Lunatic asylums Bombay report 1891-1903 - 1891-1903
Year: 1891
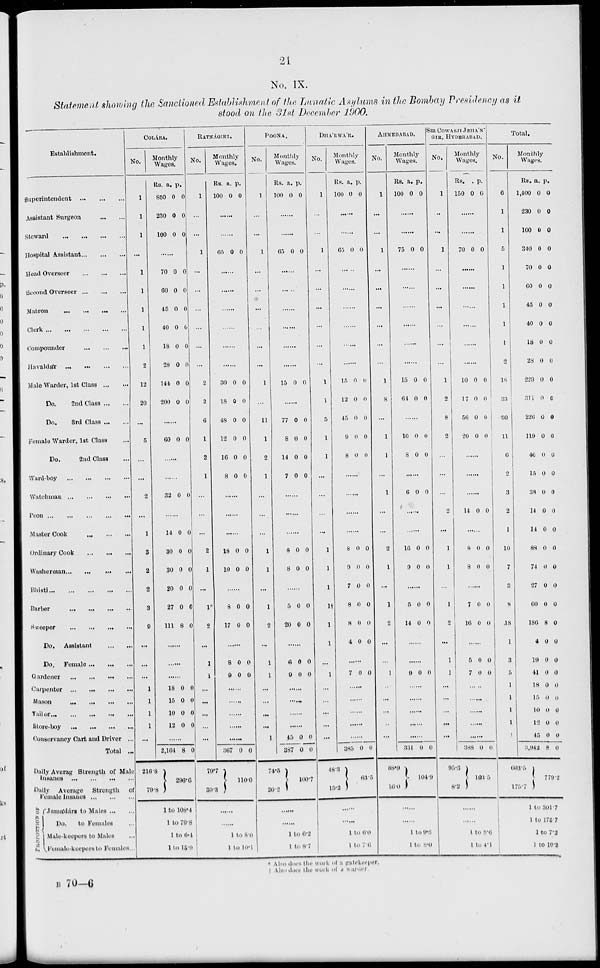
21
No. IX.
Statement showing the Sanctioned Establishment of the Lunatic Asylums in the Bombay Presidency as it
stood on the 31st December 1900.
Establishment.
Superintendent
...
...
...
Assistant Surgeon
...
...
Steward
...
...
...
...
Hospital Assistant ... ... ... ...
Head Overseer ... ... ...
Second Overseer ... ... ...
Matron ... ... ...
Clerk ... ... ... ... ...
Compounder ... ... ...
Havaldár
...
...
...
Male Warder, 1st Class
...
...
Do.
2nd Class
...
...
Do.
3rd
Class
...
...
Female Warder, 1st Class ...
Do.
2nd Class ...
Ward-boy ... ... ... ...
Watchman ... ... ... ...
Peon ... ... ... ... ...
Master Cook ... ... ...
Ordinary Cook ... ... ...
Washerman ... ... ... ...
Bhisti
...
...
...
...
...
Barber
...
...
...
...
Sweeper
...
...
...
...
Do.
Assistant
...
...
Do.
Female ... ... ...
Gardener
...
...
...
Carpenter
...
...
...
...
Mason
...
...
...
...
Tailor ...
...
...
...
...
Store-boy
...
...
...
...
Conservancy Cart and Driver ...
Total ...
Daily Averag Strength of Male
Insanes
...
...
...
...
Daily
Average
Strength
of
Female Insanes
...
...
...
PROPORTION
OF
Jamádárs to Males
...
...
Do.
to Females ...
Male-keepers to Males ...
Female-keepers to Females ...
COLA'BA.
No.
1
1
1
...
1
1
1
1
1
2
12
20
...
5
...
...
2
...
1
3
2
2
3
9
...
...
...
1
1
1
1
...
Monthly
Wages.
Rs.
850
230
100
a.
0
0
0
p.
0
0
0
70
60
45
4
18
28
144
200
0
0
0
0
0
0
0
0
0
0
0
0
0
0
0
0
60 0
0
.....
.....
32 0
0
.....
14
30
30
20
27
111
0
0
0
0
0
8
0
0
0
0
0
0
.....
.....
.....
18
15
10
12
0
0
0
0
0
0
0
0
2,164
216.8
79.8
8 0
296.6
1 to 108.4
1 to 70.8
1 to 6.4
1 to 15.9
RATNA'GIRI.
No.
1
...
...
1
...
...
...
...
...
...
2
2
6
1
2
1
...
...
...
2
1
...
1*
2
...
1
1
...
...
...
...
...
Monthly
Wages.
Rs.
100
a.
0
p.
0
......
......
65 0 0
......
......
......
......
......
30
18
48
12
16
8
0
0
0
0
0
0
0
0
0
0
0
0
......
......
......
18
10
0
0
0
0
......
8
17
0
0
0
0
.......
8
9
0
0
0
0
......
......
......
......
......
367
79.7
30.3
0 0
110.0
.....
......
1 to 8.0
1 to 10.1
POONA.
No.
1
...
...
1
...
...
...
...
...
...
1
11
1
2
1
...
...
...
1
1
...
1
2
...
1
i
...
...
...
...
1
Monthly
Wages.
Rs.
100
a.
0
p.
0
......
......
65 0 0
......
......
......
......
......
......
15 0 0
......
77
8
14
7
0
0
0
0
0
0
0
0
......
......
......
8
8
0
0
0
0
.......
5
20
0
0
0
0
.....
6
9
0
0
0 0
0
......
......
......
......
45
387
74.5
26.2
0
0
0
0
100.7
.....
.....
1 to 6.2
1 to 8.7
DHA'RWA'R.
No.
1
...
...
1
...
...
...
...
...
...
1
1
5
1
1
...
...
...
...
1
1
1
1†
1
1
...
1
...
...
...
...
...
...
Monthly
Wages.
Rs.
100
a.
0
p.
0
......
......
65 0 0
......
......
......
......
......
......
15
12
45
9
8
0
0
0
0
0
0
0
0
0
0
......
......
......
......
8
9
7
8
8
4
0
0
0
0
0
0
0
0
0
0
0
0
.......
7 0 0
......
......
......
......
......
385
48.3
15.2
0 0
63.5
......
......
1 to 6.0
1 to 7.6
AHMEDABAD.
No.
1
...
...
1
...
...
...
...
...
...
1
8
...
1
1
...
1
...
...
2
1
...
1
2
...
...
1
...
...
...
...
...
Monthly
Wages.
Rs.
100
a.
0
p.
0
......
......
75 0 0
......
......
......
......
......
......
15
64
0
0
0
0
........
10
8
0
0
0
0
.......
6 0 0
..
........
16
9
0
0
0
0
........
5
14
0
0
0
0
.......
.......
9 0
0
.......
.......
331
88.9
16.0
0
0
104.9
......
......
1 to 9.8
1 to 8.0
SIR COWASJI JEHA'N-
GIR , HYDERABAD.
No.
1
..
...
1
...
...
...
...
...
...
1
2
8
2
...
...
...
2
...
1
1
1
2
...
1
1
...
...
...
...
...
Monthly
Wages.
Rs.
150
a.
0
p.
0
70 0 0
10
17
56
20
0
0
0
0
0
0
0
0
14 0 0
8
8
0
0
0
0
7
16
0
0
0
0
......
5
7
0
0
0
0
388
95.3
8.2
0 0
103.5
......
......
1 to 8.6
1 to 4.1
Total.
No.
6
1
1
5
1
1
1
1
1
2
18
33
30
11
6
2
3
2
1
10
7
3
8
18
1
3
5
1
1
1
1
1
Monthly
Wages.
Rs.
1,400
230
100
340
70
60
45
40
18
28
229
311
226
119
46
15
38
14
14
88
74
27
60
186
4
19
41
18
15
10
12
45
3,942
603.5
175.7
a.
0
0
0
0
0
0
0
0
0
0
0
0
0
0
0
0
0
0
0
0
0
0
0
8
0
0
0
0
0
0
0
0
8
p.
0
0
0
0
0
0
0
0
0
0
0
0
0
0
0
0
0
0
0
0
0
0
0
0
0
0
0
0
0
0
0
0
0
779 .2
1 to 301.7
1 to 175.7
1 to 7.2
1 to 10.3
*Also does work of a
gatekeeper .
† Also does work of a warder.
B 70-6